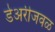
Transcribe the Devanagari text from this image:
डेअरीजवळ